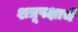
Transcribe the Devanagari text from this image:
शत्रूपक्षाचे